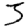
Digit: 3